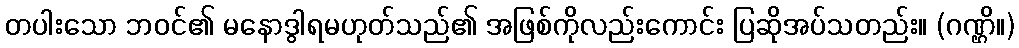
တပါးသော ဘဝင်၏ မနောဒွါရမဟုတ်သည်၏ အဖြစ်ကိုလည်းကောင်း ပြဆိုအပ်သတည်း။ (ဂဏ္ဌိ။)